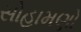
સોહામણો